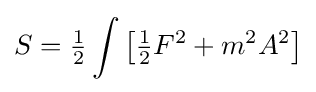
S={\tfrac {1}{2}}\int {\bigl [}{\tfrac {1}{2}}F^{2}+m^{2}A^{2}{\bigr ]}